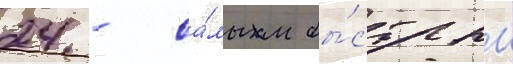
24 - са́мым бы́стрым